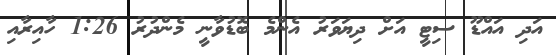
އަދި އައްޑޫ ސިޓީ އަށް ދިޔަވަރު އެންމެ ބޮޑުވާނީ މެންދުރު 1:26 ހާއިރާއި